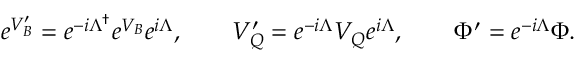
e ^ { V _ { B } ^ { \prime } } = e ^ { - i \Lambda ^ { \dagger } } e ^ { V _ { B } } e ^ { i \Lambda } , \qquad V _ { Q } ^ { \prime } = e ^ { - i \Lambda } V _ { Q } e ^ { i \Lambda } , \qquad \Phi ^ { \prime } = e ^ { - i \Lambda } \Phi .